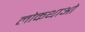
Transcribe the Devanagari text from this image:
लोकथाओं